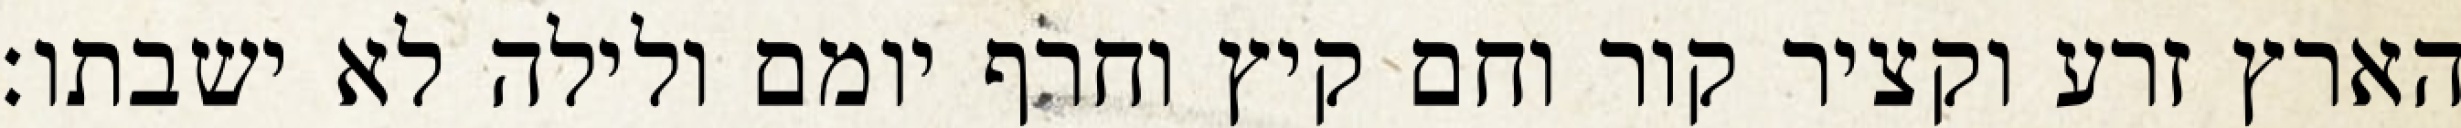
הארץ זרע וקציר קור וחם קיץ וחרף יומם ולילה לא ישבתו׃